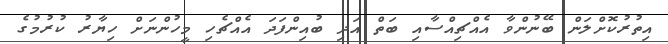
އިތުރުކޮށްލަން ބޭނުންވާ އެއްޗިއްސާއި ބަތް އަދި ބުއިންފަދަ އެއްޗެހި މީހުންނަށް ހިޔާރު ކުރުމުގެ